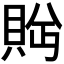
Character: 𬥕